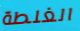
الغلطة